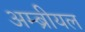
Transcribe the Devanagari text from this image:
अम्ब्रीयल